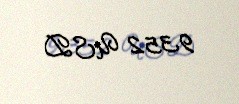
9352 USD